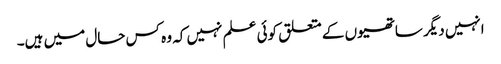
انہیں دیگر ساتھیوں کے متعلق کوئی علم نہیں کہ وہ کس حال میں ہیں۔